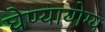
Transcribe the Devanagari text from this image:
घेण्यायोग्य